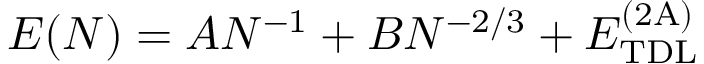
E ( N ) = A N ^ { - 1 } + B N ^ { - 2 / 3 } + E _ { \mathrm { T D L } } ^ { \mathrm { ( 2 A ) } }